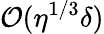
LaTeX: {\cal O}(\eta^{1/3}\delta)